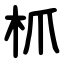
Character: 枛